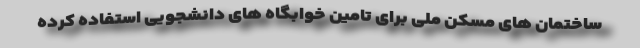
ساختمان های مسکن ملی برای تامین خوابگاه های دانشجویی استفاده کرده